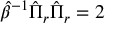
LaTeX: \hat { \beta } ^ { - 1 } \hat { \Pi } _ { r } \hat { \Pi } _ { r } = 2